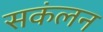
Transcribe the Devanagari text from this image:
सकंलन